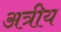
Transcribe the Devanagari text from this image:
अत्रीय